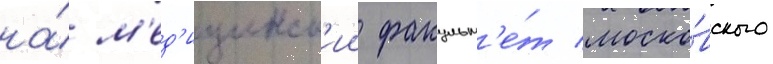
на́ м'ед'ицинск'ии факульт'е́т моско́вского